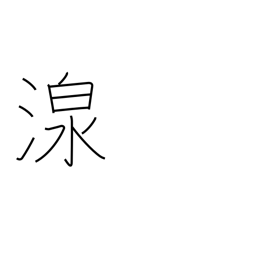
Meaning: spring